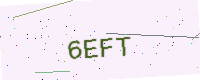
Text: 6EFT